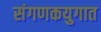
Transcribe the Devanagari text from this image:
संगणकयुगात